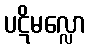
ပဋိမလ္လော